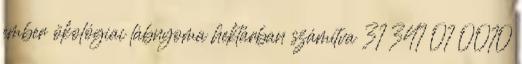
ember ökológiai lábnyoma hektárban számítva 31 341 01 0010